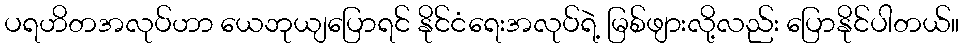
ပရဟိတအလုပ်ဟာ ယေဘုယျပြောရင် နိုင်ငံရေးအလုပ်ရဲ့ မြစ်ဖျားလို့လည်း ပြောနိုင်ပါတယ်။